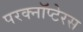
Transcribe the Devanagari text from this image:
परक्नॉप्टेरस